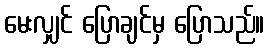
မေးလျှင် ပြောချင်မှ ပြောသည်။